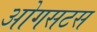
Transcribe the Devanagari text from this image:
ओगसटस